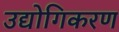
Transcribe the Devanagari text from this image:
उद्योगिकरण